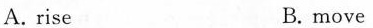
A. rise B. move